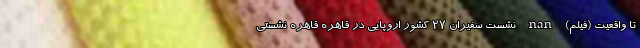
تا واقعیت (فیلم) nan نشست سفیران ۲۷ کشور اروپایی در قاهره قاهره نشستی